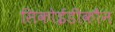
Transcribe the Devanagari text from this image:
सिकोईडीकौन